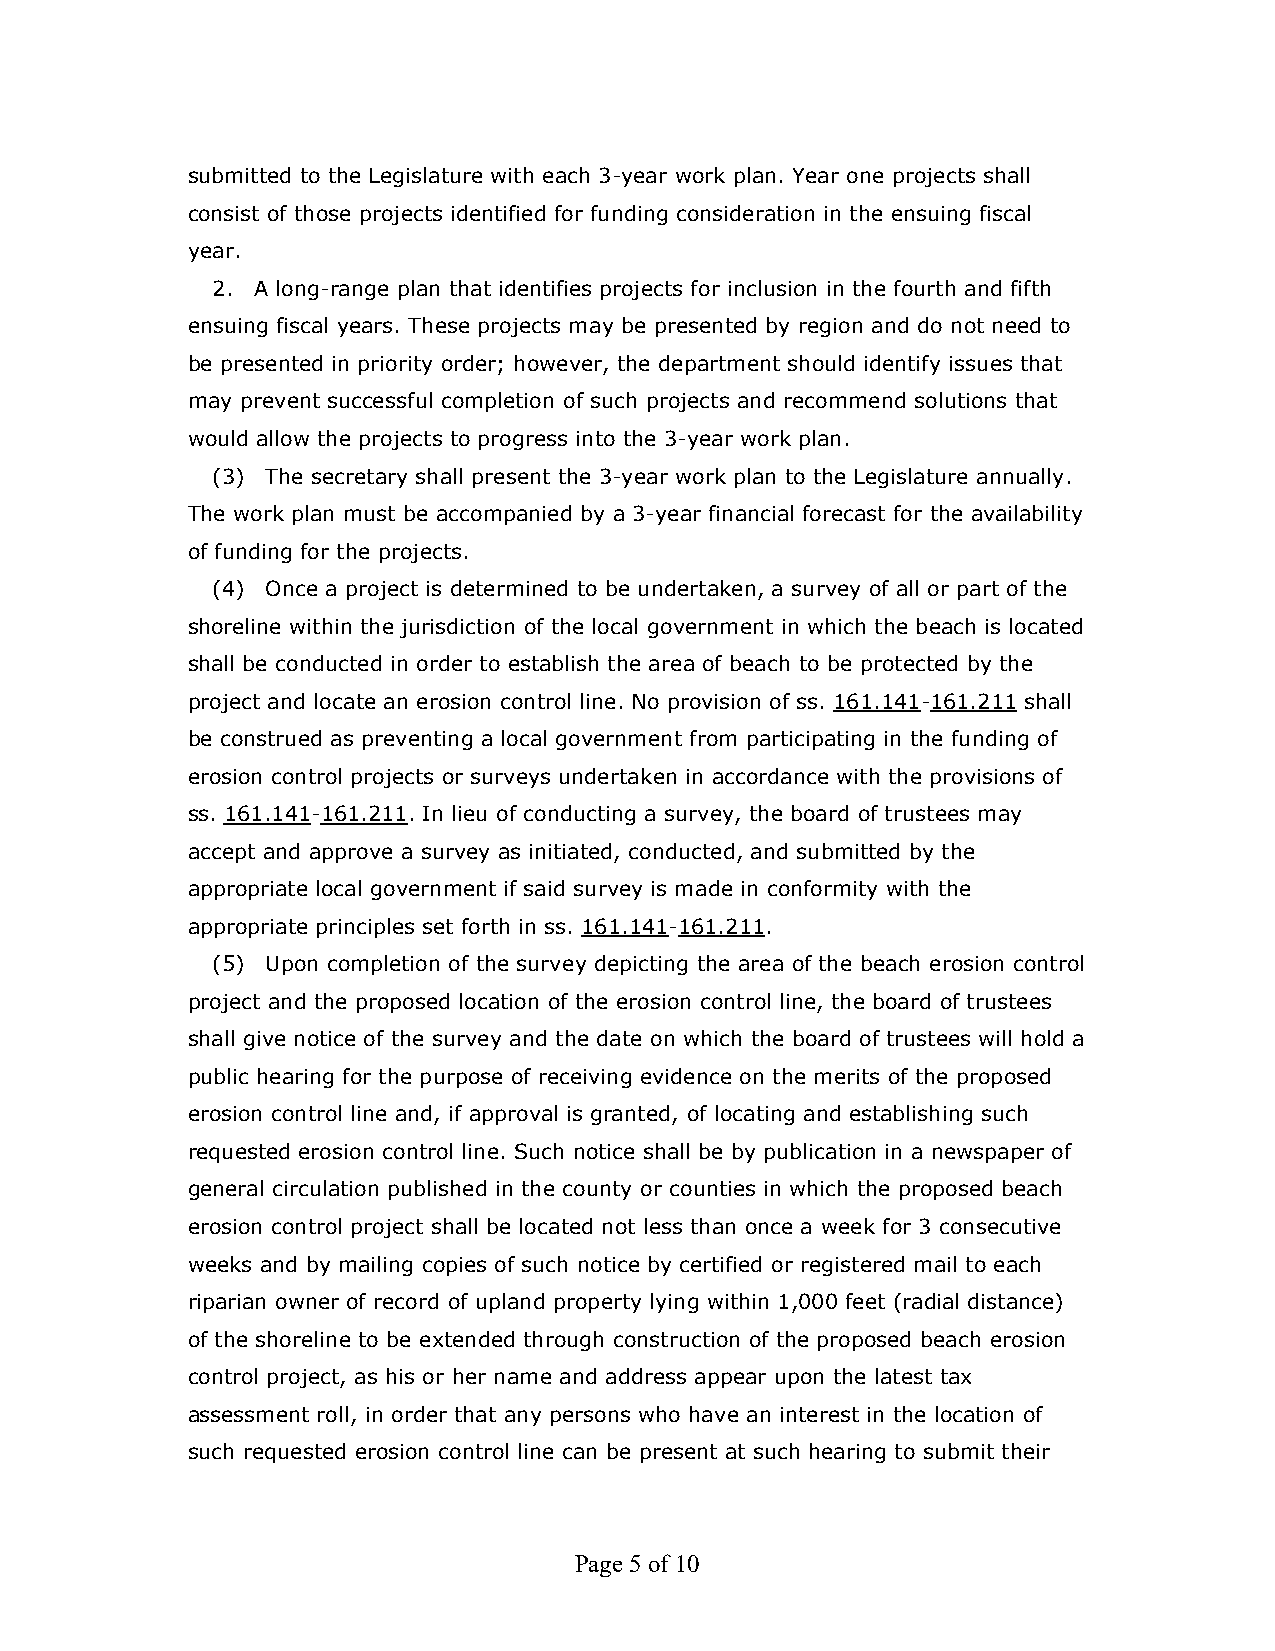
submitted to the Legislature with each 3-year work plan. Year one projects shall
 consist of those projects identified for funding consideration in the ensuing fiscal
 year.
 2. A long-range plan that identifies projects for inclusion in the fourth and fifth
 ensuing fiscal years. These projects may be presented by region and do not need to
 be presented in priority order; however, the department should identify issues that
 may prevent successful completion of such projects and recommend solutions that
 would allow the projects to progress into the 3-year work plan.
 (3) The secretary shall present the 3-year work plan to the Legislature annually.
 The work plan must be accompanied by a 3-year financial forecast for the availability
 of funding for the projects.
 (4) Once a project is determined to be undertaken, a survey of all or part of the
 shoreline within the jurisdiction of the local government in which the beach is located
 shall be conducted in order to establish the area of beach to be protected by the
 project and locate an erosion control line. No provision of ss. 161.141-161.211 shall
 be construed as preventing a local government from participating in the funding of
 erosion control projects or surveys undertaken in accordance with the provisions of
 ss. 161.141-161.211. In lieu of conducting a survey, the board of trustees may
 accept and approve a survey as initiated, conducted, and submitted by the
 appropriate local government if said survey is made in conformity with the
 appropriate principles set forth in ss. 161.141-161.211.
 (5) Upon completion of the survey depicting the area of the beach erosion control
 project and the proposed location of the erosion control line, the board of trustees
 shall give notice of the survey and the date on which the board of trustees will hold a
 public hearing for the purpose of receiving evidence on the merits of the proposed
 erosion control line and, if approval is granted, of locating and establishing such
 requested erosion control line. Such notice shall be by publication in a newspaper of
 general circulation published in the county or counties in which the proposed beach
 erosion control project shall be located not less than once a week for 3 consecutive
 weeks and by mailing copies of such notice by certified or registered mail to each
 riparian owner of record of upland property lying within 1,000 feet (radial distance)
 of the shoreline to be extended through construction of the proposed beach erosion
 control project, as his or her name and address appear upon the latest tax
 assessment roll, in order that any persons who have an interest in the location of
 such requested erosion control line can be present at such hearing to submit their
 Page 5 of 10